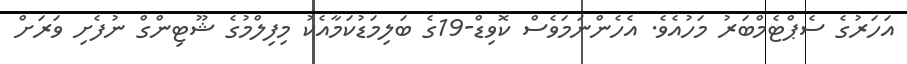
އަހަރުގެ ސެޕްޓެމްބަރު މަހުއެވެ. އެހެންނަމަވެސް ކޮވިޑް-19ގެ ބަލިމަޑުކަމާއެކު މިފިލްމުގެ ޝޫޓިންގް ނުފެށި ވަރަށް